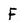
Character: F